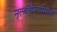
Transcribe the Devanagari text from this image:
नृत्यशैल्यांमध्ये